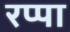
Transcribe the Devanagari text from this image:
रप्पा